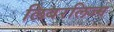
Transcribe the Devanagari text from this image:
लिबरलिज्म